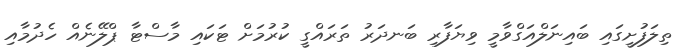
ތިލަފުށީގައި ބައިނަލްއަގްވާމީ ވިޔަފާރި ބަނދަރު ތަރައްގީ ކުރުމަށް ޓަކައި މާސްޓާ ޕްލޭނެއް ހެދުމާއި